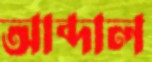
আব্দাল